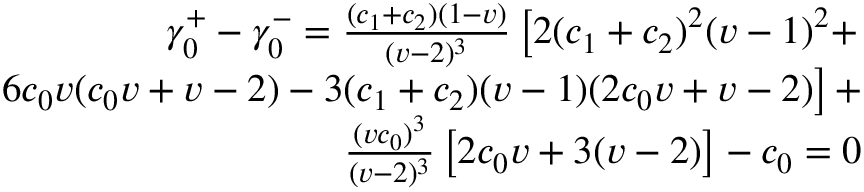
\begin{array} { r l } { \gamma _ { 0 } ^ { + } - \gamma _ { 0 } ^ { - } = \frac { ( c _ { 1 } + c _ { 2 } ) ( 1 - v ) } { ( v - 2 ) ^ { 3 } } \left[ 2 ( c _ { 1 } + c _ { 2 } ) ^ { 2 } ( v - 1 ) ^ { 2 } + \right. } & { { } } \\ { \left. 6 c _ { 0 } v ( c _ { 0 } v + v - 2 ) - 3 ( c _ { 1 } + c _ { 2 } ) ( v - 1 ) ( 2 c _ { 0 } v + v - 2 ) \right] + } & { { } } \\ { \frac { ( v c _ { 0 } ) ^ { 3 } } { ( v - 2 ) ^ { 3 } } \left[ 2 c _ { 0 } v + 3 ( v - 2 ) \right] - c _ { 0 } = 0 } \end{array}